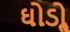
ઘોડોૢ